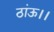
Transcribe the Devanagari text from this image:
ठांऊ।।